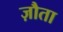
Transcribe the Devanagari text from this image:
ज़ौता